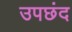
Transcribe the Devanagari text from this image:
उपछंद